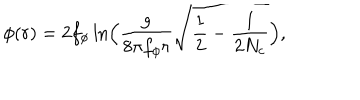
\phi ( r ) = 2 f _ { \phi } \ln \! \Big ( \frac { g } { 8 \pi f _ { \phi } r } \sqrt { \frac { 1 } { 2 } - \frac { 1 } { 2 N _ { c } } } \Big ) ,